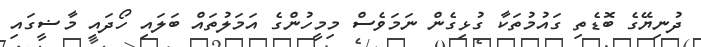
ދުނިޔޭގެ ބޮޑެތި ގައުމުތަކާ ގުޅިގެން ނަމަވެސް މިމީހުންގެ އަމަލުތައް ބަލައި ހޯދައި މާޟީގައި